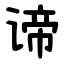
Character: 谛